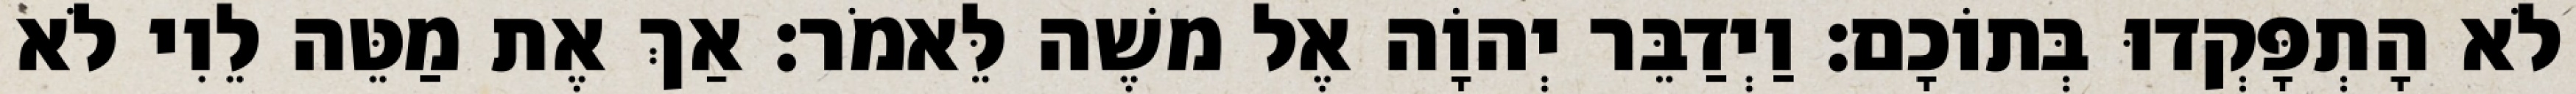
לֹא הָתְפָּקְדוּ בְּתוֹכָם׃ וַיְדַבֵּר יְהוָֹה אֶל משֶׁה לֵּאמֹר׃ אַךְ אֶת מַטֵּה לֵוִי לֹא